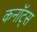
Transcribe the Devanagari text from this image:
कनॉट्स